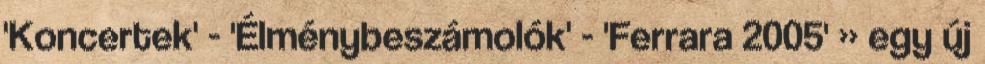
'Koncertek' - 'Élménybeszámolók' - 'Ferrara 2005' » egy új